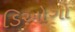
ડિઓગો